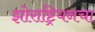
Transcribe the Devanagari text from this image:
झोराष्ट्रियनचा